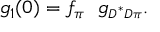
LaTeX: g _ { 1 } ( 0 ) = f _ { \pi } ~ ~ g _ { \scriptscriptstyle D ^ { * } D \pi } .